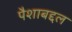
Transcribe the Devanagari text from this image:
पैशाबद्दल